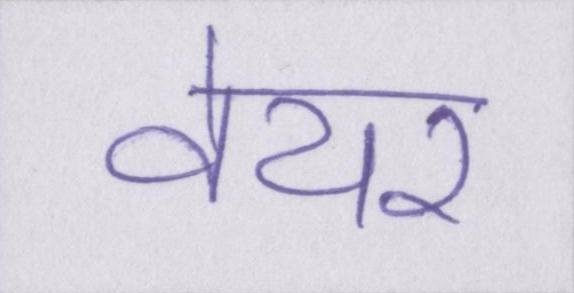
वेयर